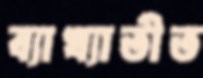
ব্যাখ্যাতীত